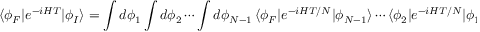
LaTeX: \langle \phi _ { F } | e ^ { - i H T } | \phi _ { I } \rangle = \int d \phi _ { 1 } \int d \phi _ { 2 } \cdots \int d \phi _ { N - 1 } \, \langle \phi _ { F } | e ^ { - i H T / N } | \phi _ { N - 1 } \rangle \cdots \langle \phi _ { 2 } | e ^ { - i H T / N } | \phi _ { 1 } \rangle \langle \phi _ { 1 } | e ^ { - i H T / N } | \phi _ { I } \rangle .